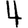
Digit: 4